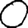
Digit: 0